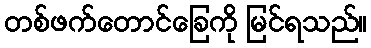
တစ်ဖက်တောင်ခြေကို မြင်ရသည်။